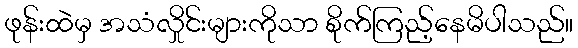
ဖုန်းထဲမှ အသံလှိုင်းများကိုသာ စိုက်ကြည့်နေမိပါသည်။